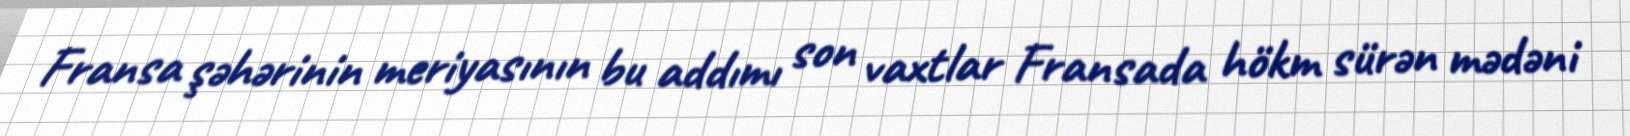
Fransa şəhərinin meriyasının bu addımı son vaxtlar Fransada hökm sürən mədəni